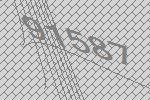
91587